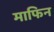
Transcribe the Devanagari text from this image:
माफिन